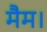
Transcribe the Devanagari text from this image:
मैम।